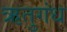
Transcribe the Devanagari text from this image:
ऋतुगंध